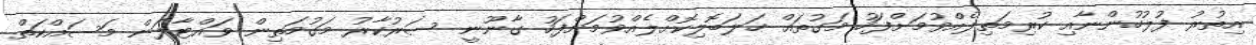
އިތުރު ފުލުހުންނާއި ކުރިމަތިލެއްވުމަށްފަހު މަގުތައް ހަލަބޮލިކޮށްލެއްވުމަށްފަހު ގާނޫނީ ސަރުކާރު މަގުމަތިން ވައްޓާލަން މަސައްކަތް